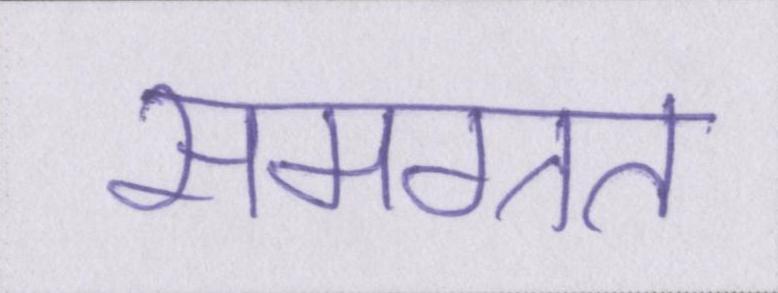
समग्रत